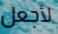
لأجعل